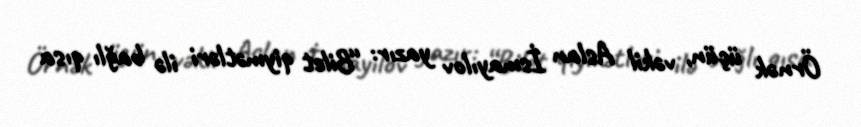
Örnək üçün, vəkil Aslan İsmayılov yazır: “Bilet qiymətləri ilə bağlı qısa